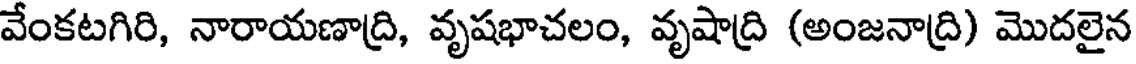
వేంకటగిరి, నారాయణాద్రి, వృషభాచలం, వృషాద్రి (అంజనాద్రి) మొదలైన